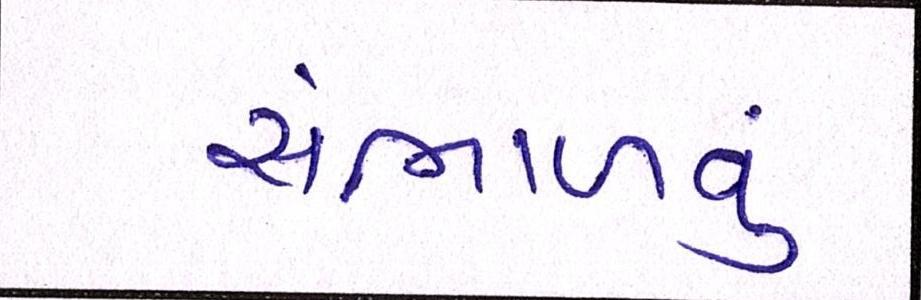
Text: સંભાળવું